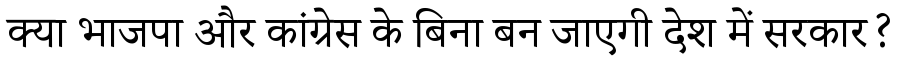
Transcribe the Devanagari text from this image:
क्या भाजपा और कांग्रेस के बिना बन जाएगी देश में सरकार?